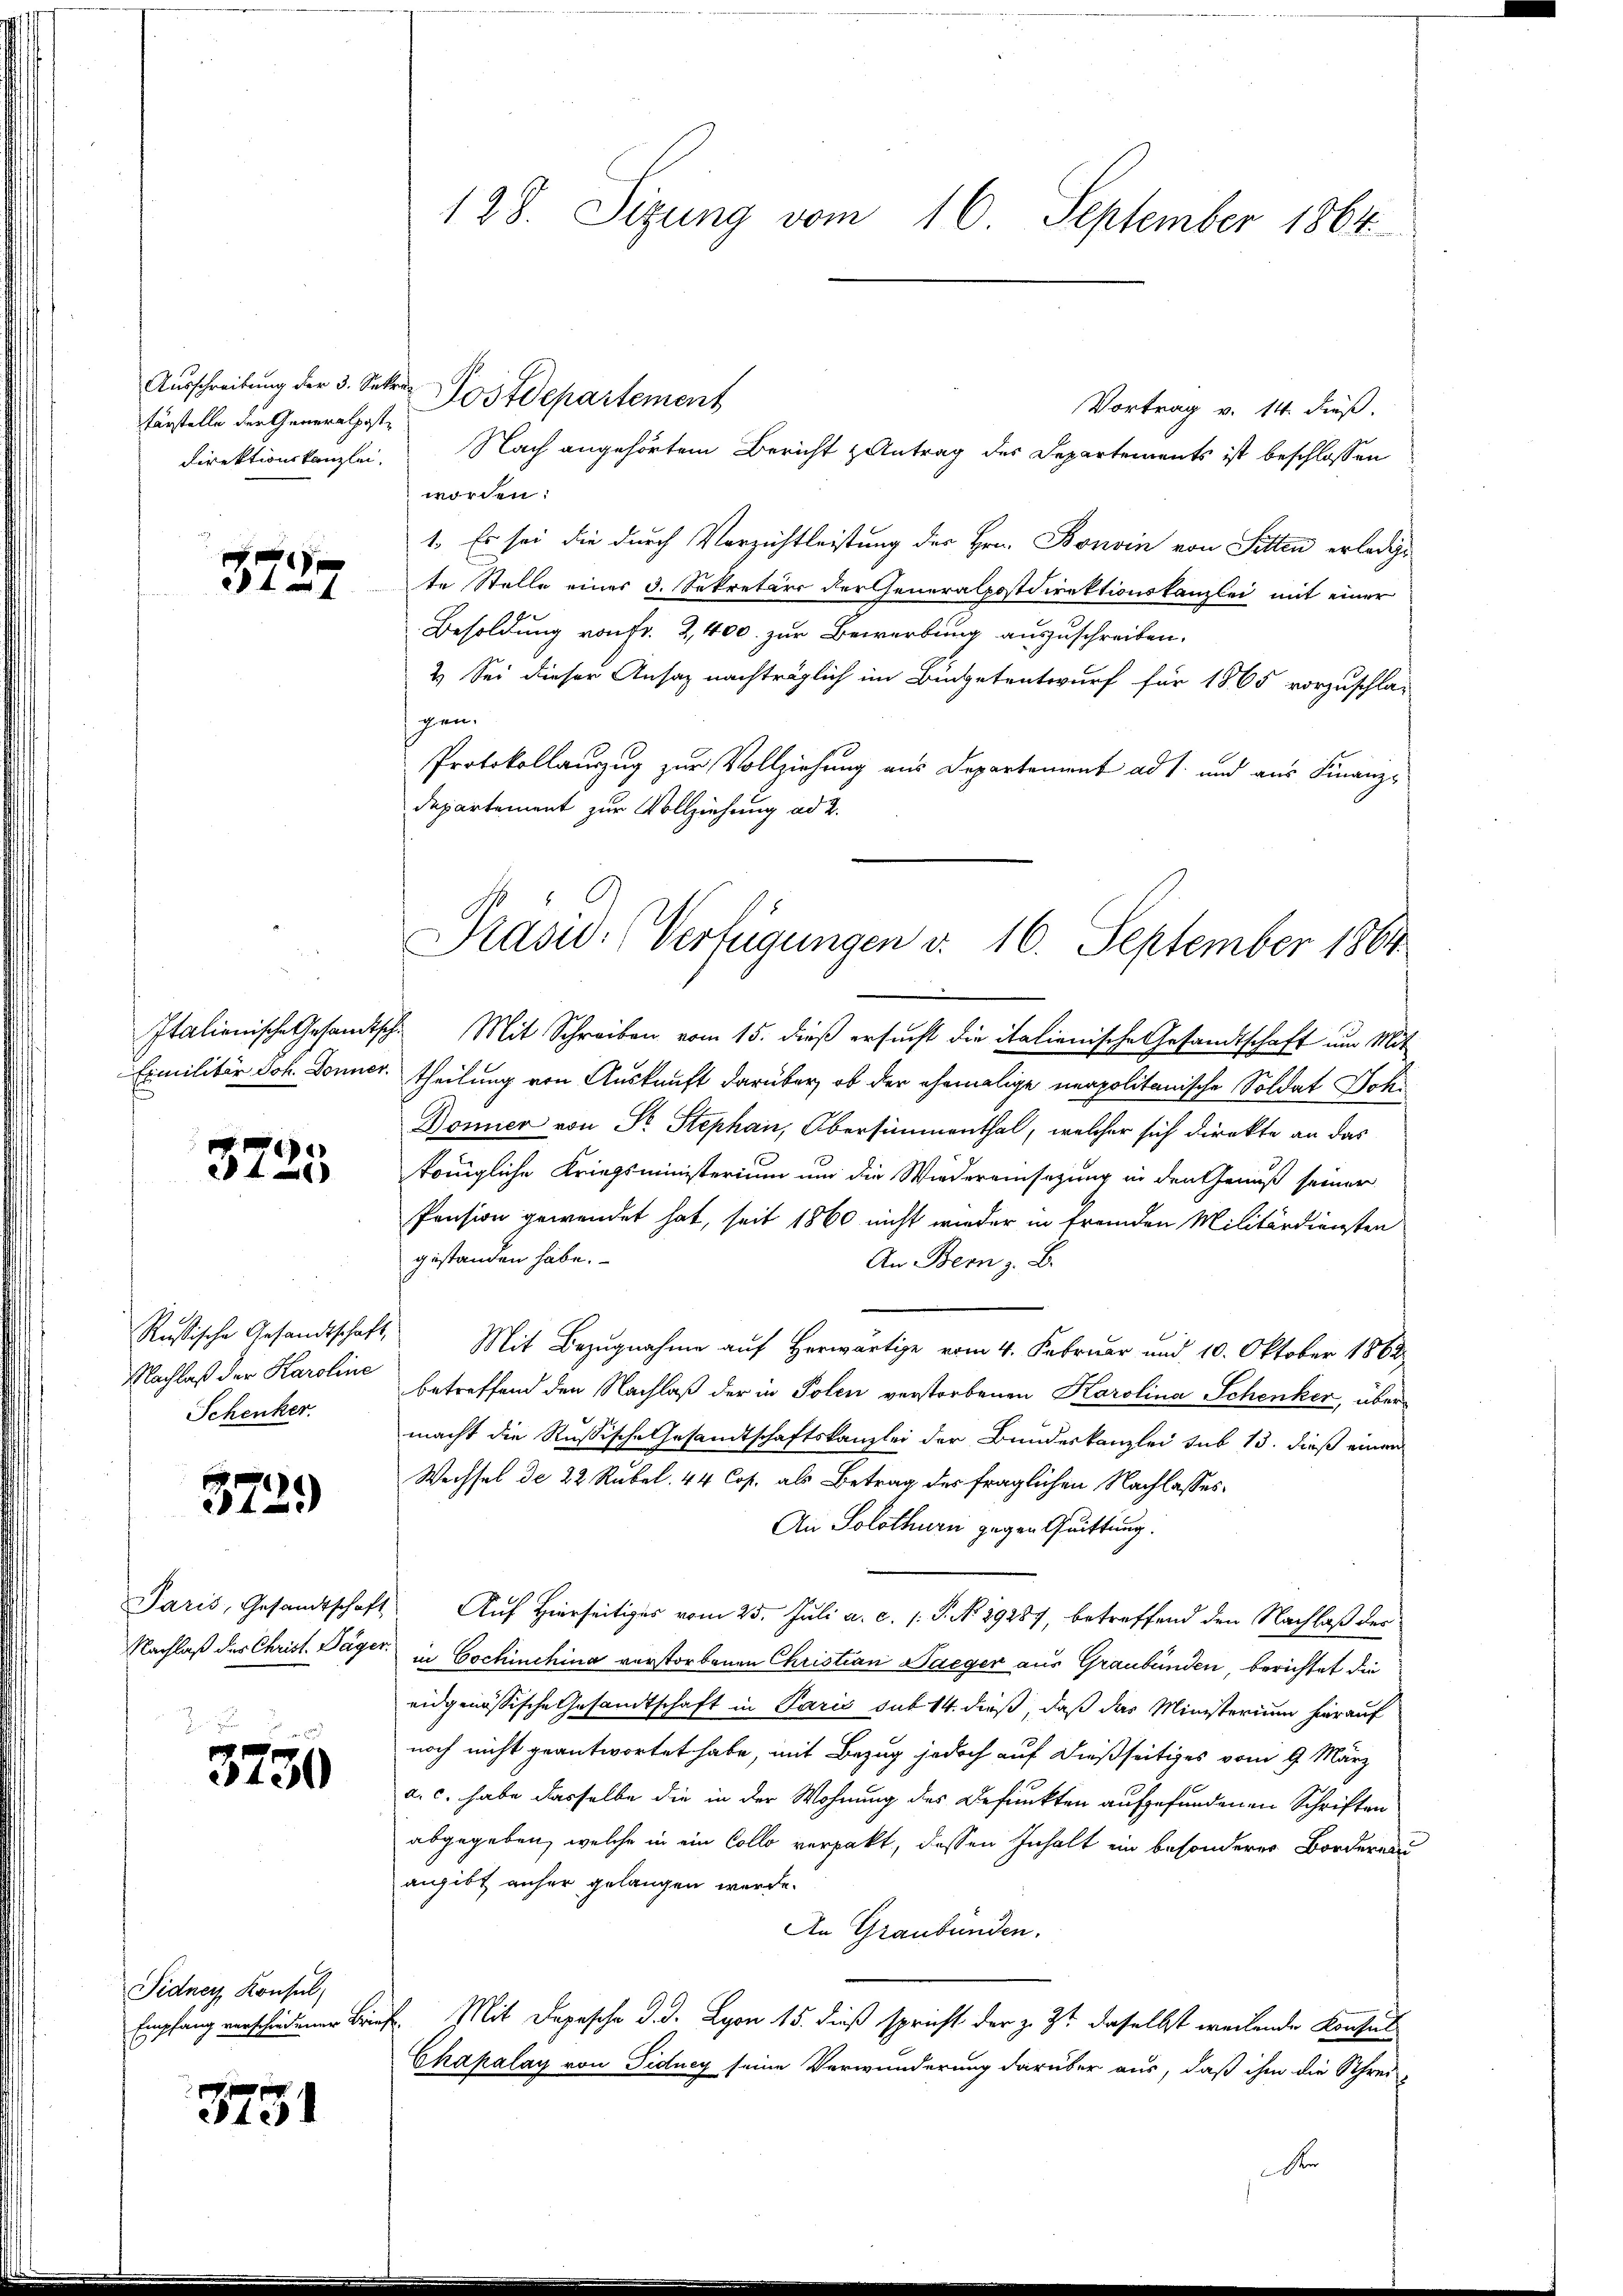
Ausschreibung der 3. Sekretärstelle der Generalpost¬
Direktionskanzlei.

3727

3725

Russische Gesandtschaft,
Nachlaß der Karoline
Schenker.

3729

Paris, Gesandtschaft
Nachlaß des Christ. Sager

3230

Sidney Konsul,
Empfang verschiedener Brie

3731

128. Sizung vom 16. September 1864

Vortrag v. 14. dieß.
worden:
1. Es sei die durch Verzichtleistung des Hrn. Bonvin von Sitten erledige
te Stelle einer 3. Sekretärs der Generalpostdirektionskanzlei mit einer
Besoldung von fr. 2,400. zur Bewerbung auszuschreiben.
2.) Sei dieser Ansaz nachträglich im Bietentwurf für 1865 vorzuschla-
pen.
Protokollauszug zur Vollziehung aus Departement ad 1. und aus Finanz-
departement zur Vollziehung ad 2.

Prasiv-Verfügungen d. 16. September 1864

Postdepartement
Nach angehörtem Bericht antrag des Departements ist beschlossen

Italienische Gesandtsche Mit Schreiben vom 15. dieß ersucht die italienische Gesandtschaft um Mit-
Exmilitär Joh. Donner. Theilung von Auskunft darüber, ob der ehemalige neapolitanische Soldat Joh.
Dönnier von Sr. Stephan, Obersimmenthal, welcher sich direkte an das
königliche Kriegsministerium und die Wiedereinsezung in den Genuß seiner
Pension gewendet hat, seit 1860 nicht wieder in fremden Militärdiensten
gestanden habe.
An Bern z. B.
 Mit Bezugnahme auf Herwärtige vom 4. Februar und 10. Oktober 1862
betreffend den Nachlaß der in Polen verstorbenen Karolina Schenker, über
macht die Rußische Gesandtschaftskanzlei der Bundeskanzlei sub 13. dieß einen
Wechsel de 22 Rubel. 44 Cop. als Betrag des fraglichen Nachlasses.
An Solothurn gegen Quittung.
Auf Hierseitiges vom 25. Juli a. c. /: P. No. 29287, betreffend den Nachlaß des
in Cochinchina verstorbenen Christian Saeger aus Graubünden, berichtet die
eidgenössische Gesandtschaft in Paris sub 14. dieß, daß das Ministerium hierauf
noch nicht geantwortet habe, mit Bezug jedoch auf dießseitiges vom 9. März
a. c. habe dasselbe die in der Wohnung des Befunkten aufgefundenen Schriften
abgegeben, welche in ein Collo verpakt, dessen Inhalt ein besonderer Borderen
angibt anher gelangen werde.
An Graubünden.
7 Mit Depesche d. d. Lyon 15. dieß spricht der z. Zt. daselbst weilende Konsul
Chapalay von Fidney seine Verwunderung darüber aus, daß ihm die Schrei-
d